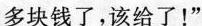
多块钱了，该给了！”